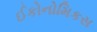
ઈકોનોમિકસ